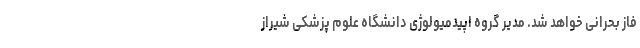
فاز بحرانی خواهد شد. مدیر گروه اپیدمیولوژی دانشگاه علوم پزشکی شیراز